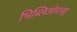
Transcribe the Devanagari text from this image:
भिब्लिओग्रप्ह्य्